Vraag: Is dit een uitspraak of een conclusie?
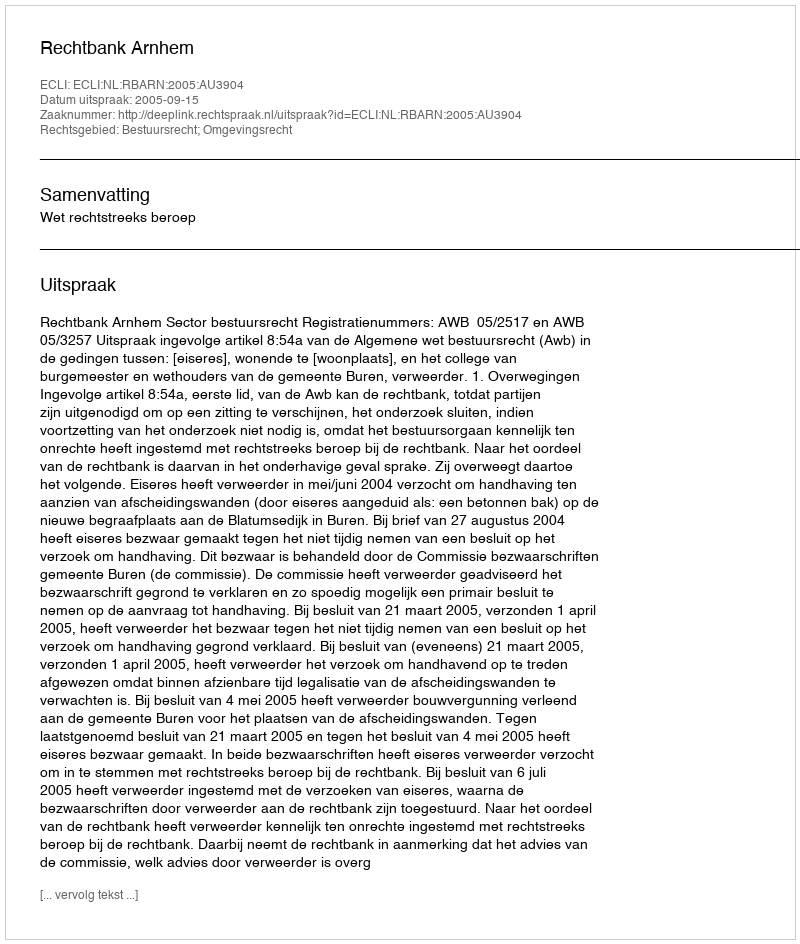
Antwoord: Uitspraak